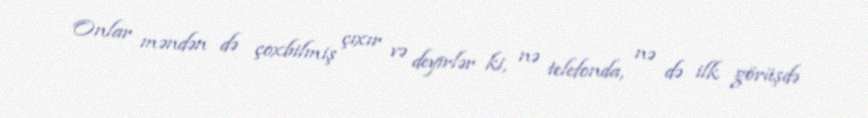
Onlar məndən də çoxbilmiş çıxır və deyirlər ki, nə telefonda, nə də ilk görüşdə